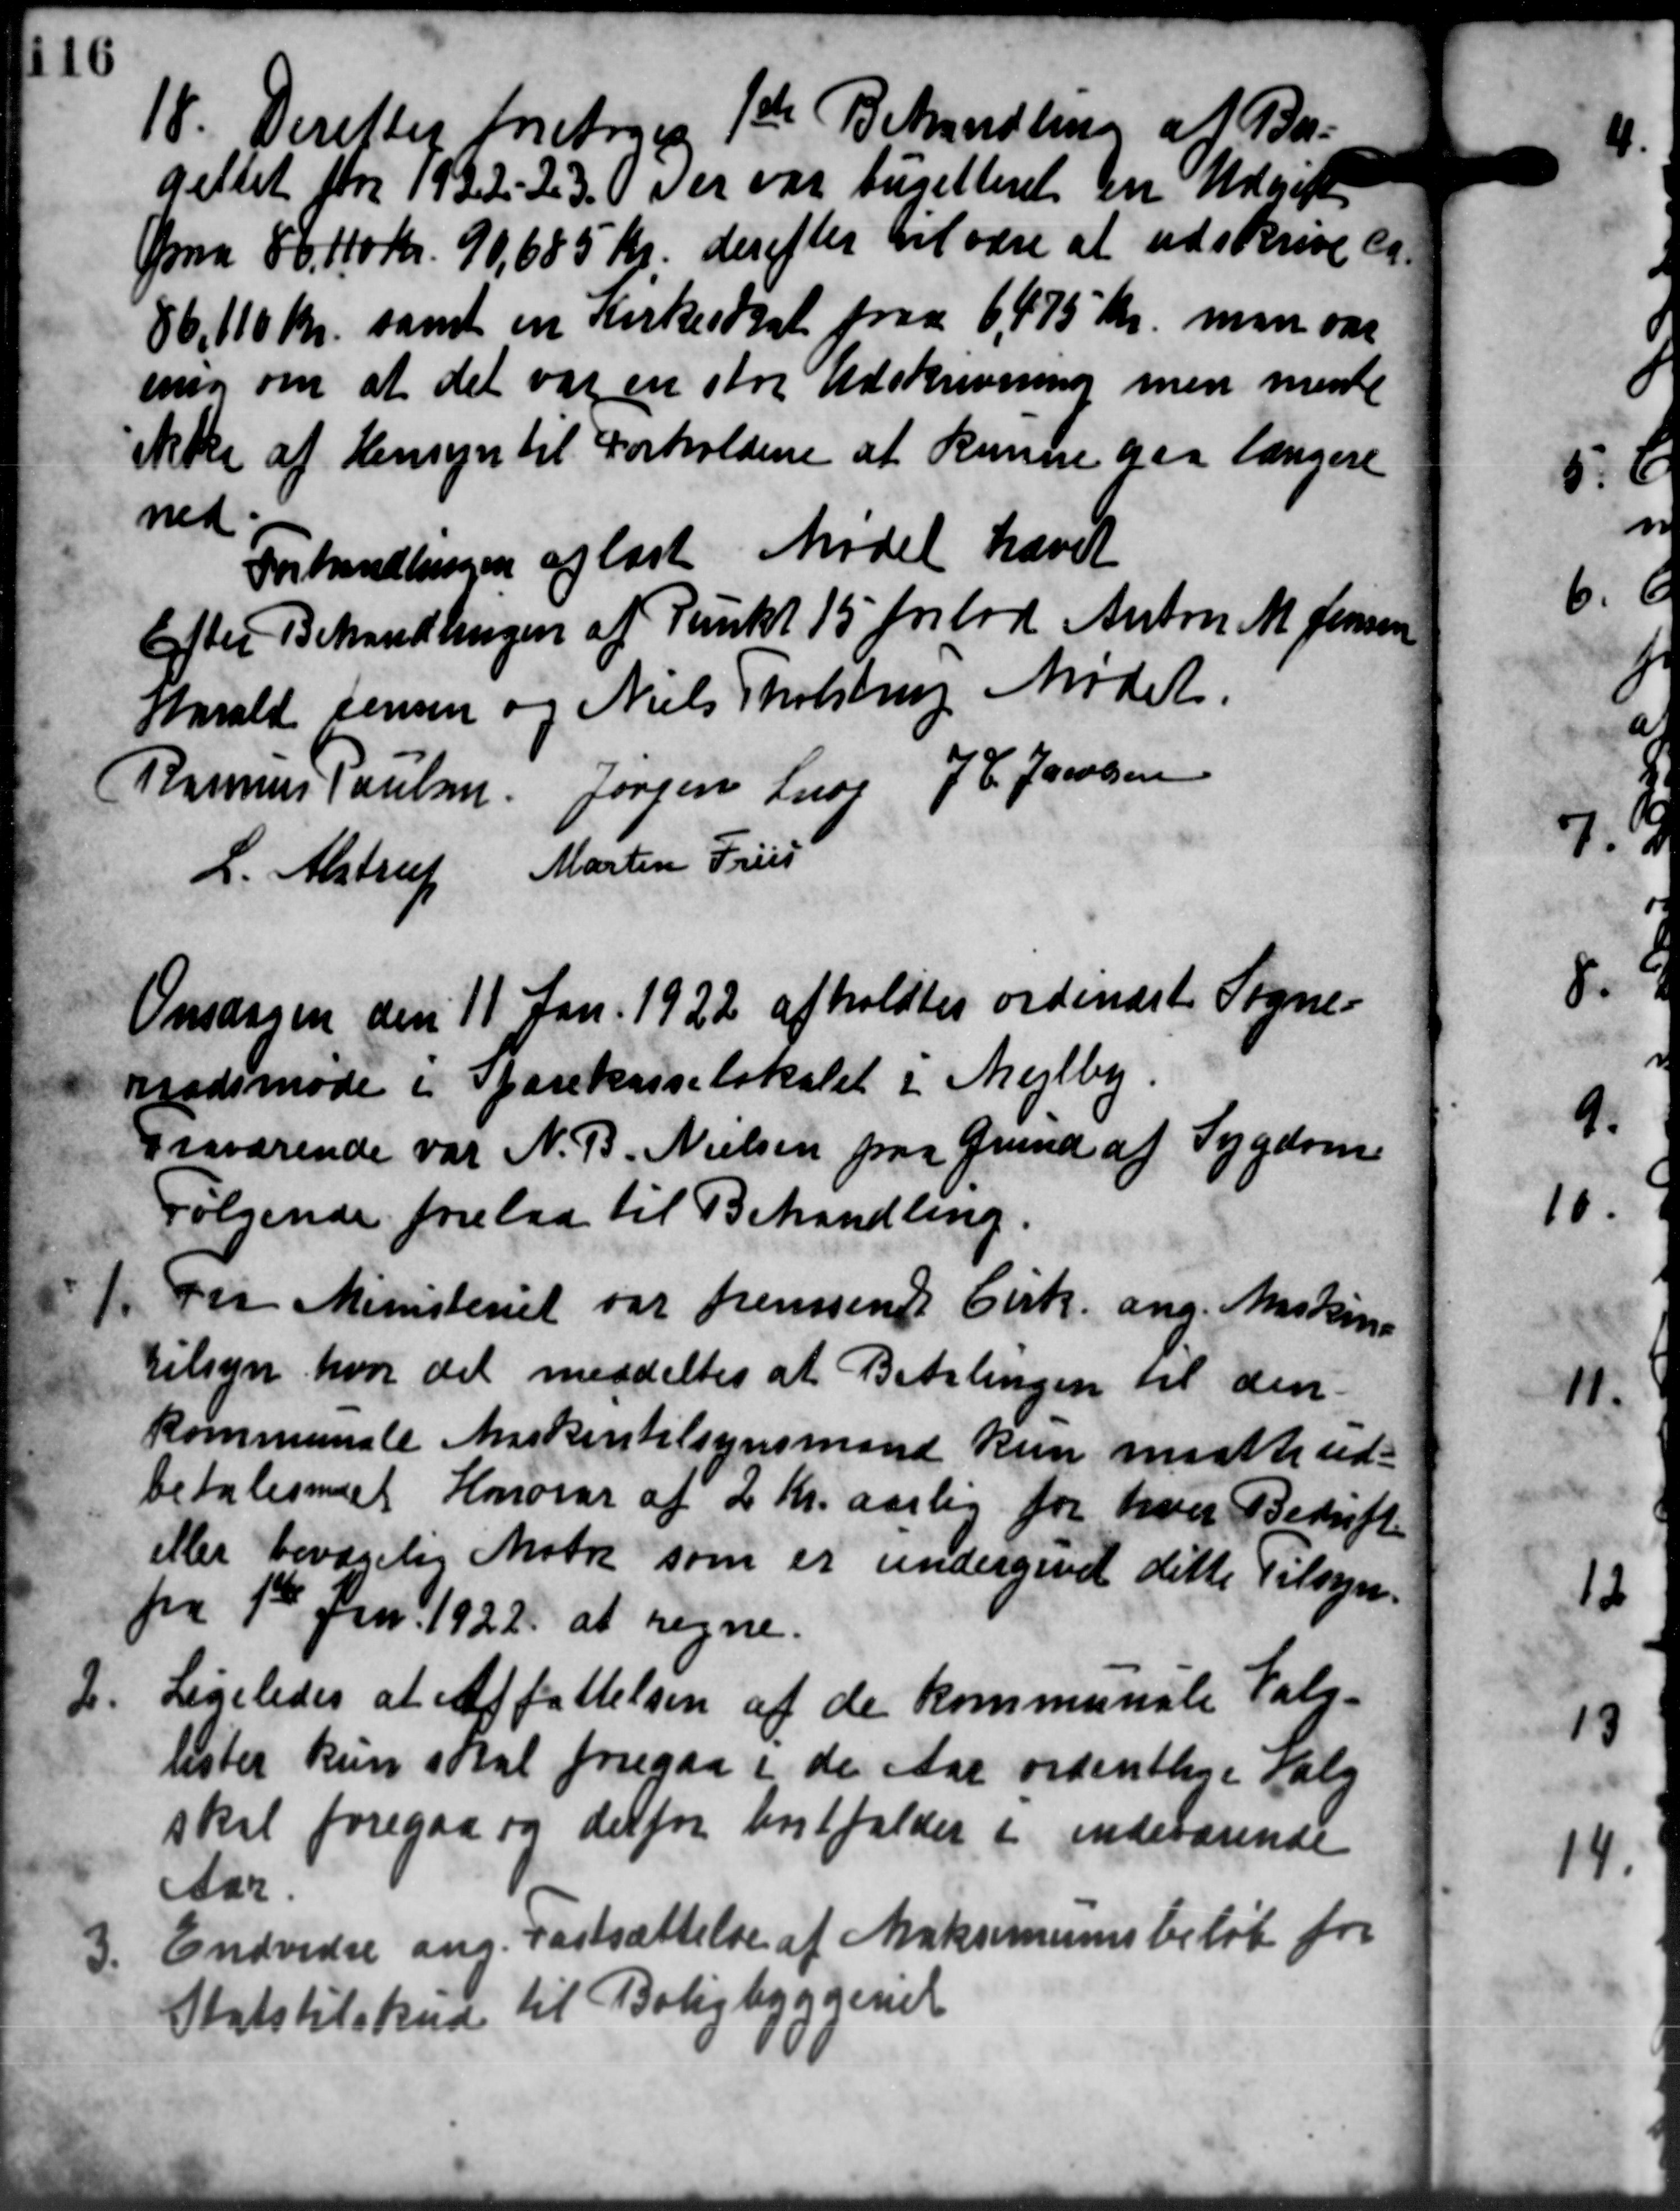
Transskription:
18. Derefter foretoges 1ste Behandling af Bar-
18. Derefter foretoges 1ste Behandling af Bar-
gettet for 1922-23. Der var bugetteret en Udgift
a 86, 110 Kr. 90,685 Kr. derefter vil være at udskrive ca.
86,110 kr. samt en Kirkeskat paa 6,75 Kr. man var
ring om at det var en stor Udskrivning men mente
ikke af Hensyn til Forholdene at kunne paa længere
ned:
Forhandlingen oplæst Mødet hævet
Efter Behandlingen af Punkt 15 forlod Anton M. Jensen
Harald Jensen og Niels Tholstrup Mødet.
Rasmus Poulsen Jørgen Snog J. C. Jacobsen
L. Alstrup Martin Friis
Onsdagen den 11 Jan. 1922 afholdtes ordinært Sogne-
raadsmøde i Sparekasselokalet i Mejlby.
Fraværende var N. B. Nielsen paa Grund af Sygdom
Følgende forelaa til Behandling.
1. Fra Ministeriet var fremsendt Cirk. ang. Anskine
1. Fra Ministeriet var fremsendt Cirk. ang. Anskine
Tilsyn hvor det meddeltes at Betalingen til den
Kommunale Maskintilsynsmand kun maatte ud-
betalesmest Honorar af 2 Kr. aarlig for hver Bedrift
eller bevægelig Matr. som er undergivet dette Tilsyn.
fra 1ste Jan. 1922 at regne.
2. Ligeledes at Affattelsen af de kommunale Valg-
2. Ligeledes at Affattelsen af de kommunale Valg-
lister kun skal foregaa i de Aar ordentlige Valg
skal foregaa og derfor bortfalder i indeværende
Aar.
3.
Endvidre ang. Fastsættelse af Maksimumsbeløb for
Statstilskud til Boligbyggeriet